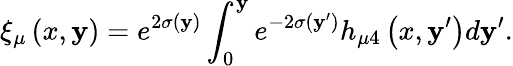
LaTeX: \xi_{\mu}\left(x,\mathbf{y}\right)=e^{2\sigma(\mathbf{y})}\int_{0}^{\mathbf{y}}e^{-2\sigma(\mathbf{y}^{\prime})}h_{\mu4}\left(x,\mathbf{y}^{\prime}\right)d\mathbf{y}^{\prime}.